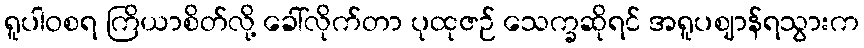
ရူပါဝစရ ကြိယာစိတ်လို့ ခေါ်လိုက်တာ ပုထုဇဉ် သေက္ခဆိုရင် အရူပဈာန်ရသွားက